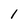
Character: l